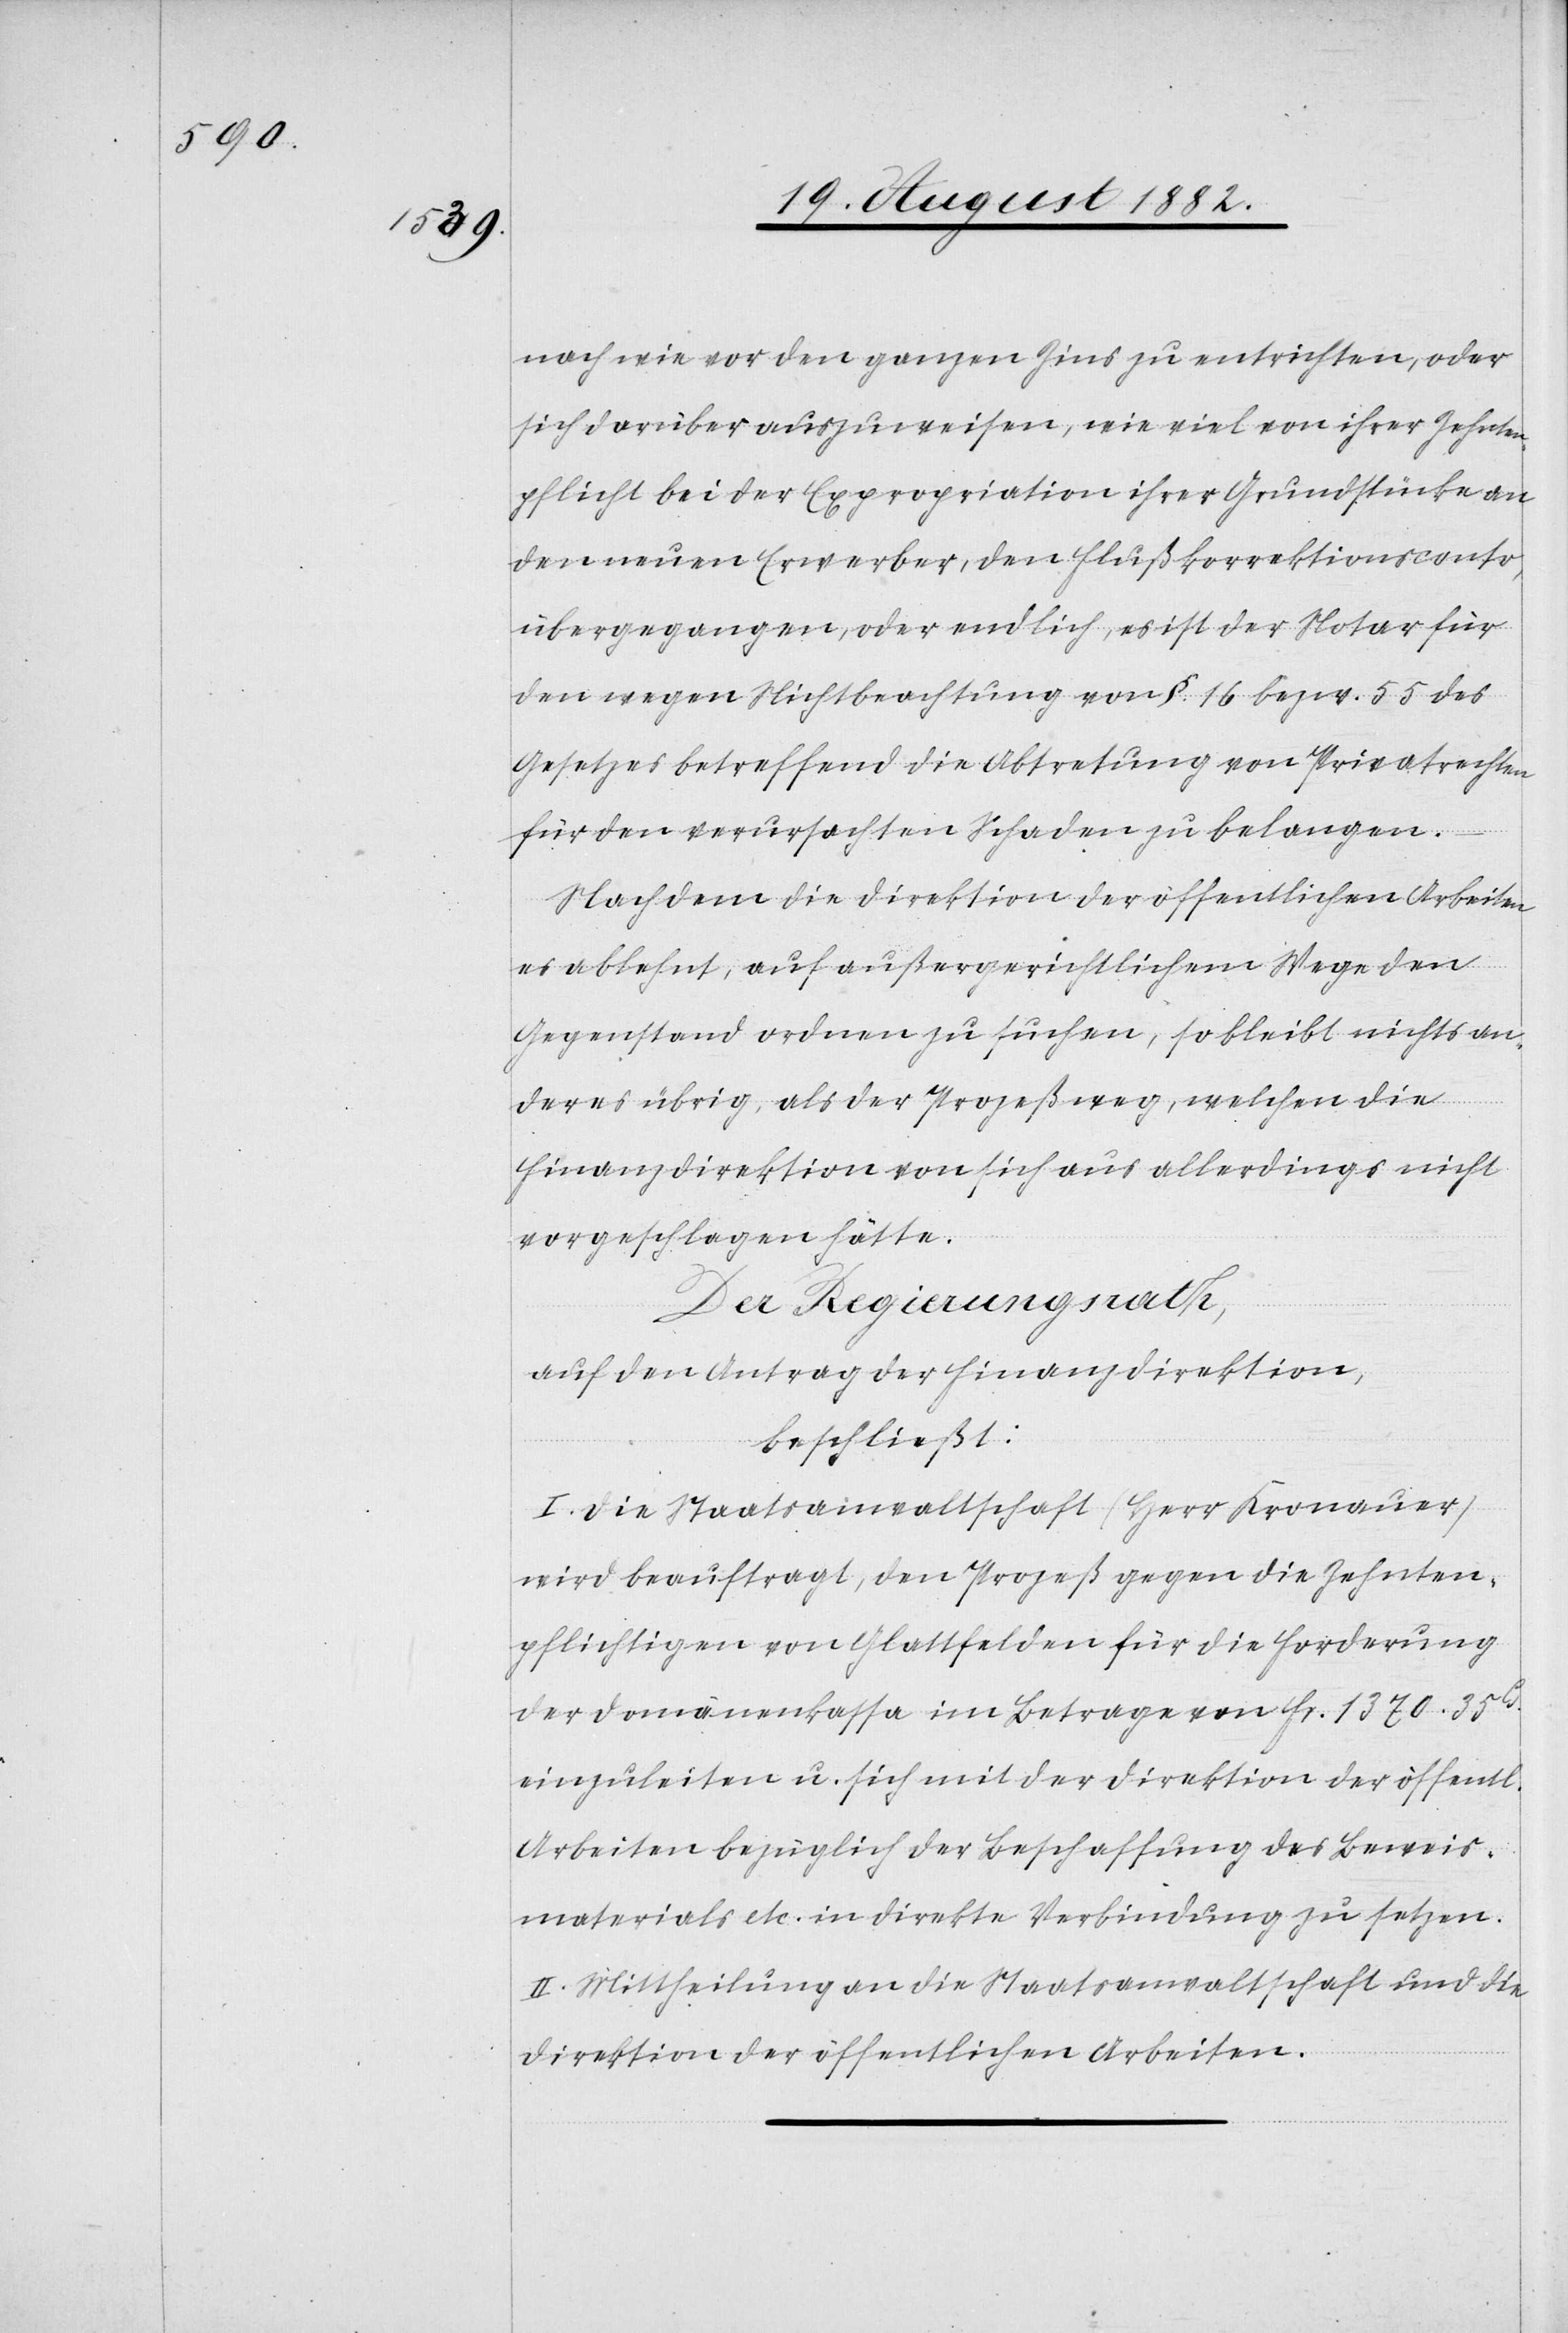
nach wie vor den ganzen Zins zu entrichten, oder
sich darüber auszuweisen, wie viel von ihrer Zehnten¬
pflicht bei der Expropriation ihrer Grundstücke an
den neuen Erwerber, den Flußkorrektionsconto,
übergegangen, oder endlich, es ist der Notar für
den wegen Nichtbeachtung von §. 16 bezw. 55 des
Gesetzes betreffend die Abtretung von Privatrechten
für den verursachten Schaden zu belangen.
Nachdem die Direktion der öffentlichen Arbeiten
es ablehnt, auf außergerichtlichem Wege den
Gegenstand ordnen zu suchen, so bleibt nichts an¬
deres übrig, als der Prozeßweg, welchen die
Finanzdirektion von sich aus allerdings nicht
vorgeschlagen hätte.
Der Regierungsrath,
auf den Antrag der Finanzdirektion,
beschließt:
I. Die Staatsanwaltschaft (Herr Kronauer)
wird beauftragt, den Prozeß gegen die Zehnten¬
pflichtigen von Glattfelden für die Forderung
einzuleiten u. sich mit der Direktion der öffentl.
Arbeiten bezüglich der Beschaffung des Beweis¬
materials etc. in direkte Verbindung zu setzen.
II. Mittheilung an die Staatsanwaltschaft und die
Direktion der öffentlichen Arbeiten.